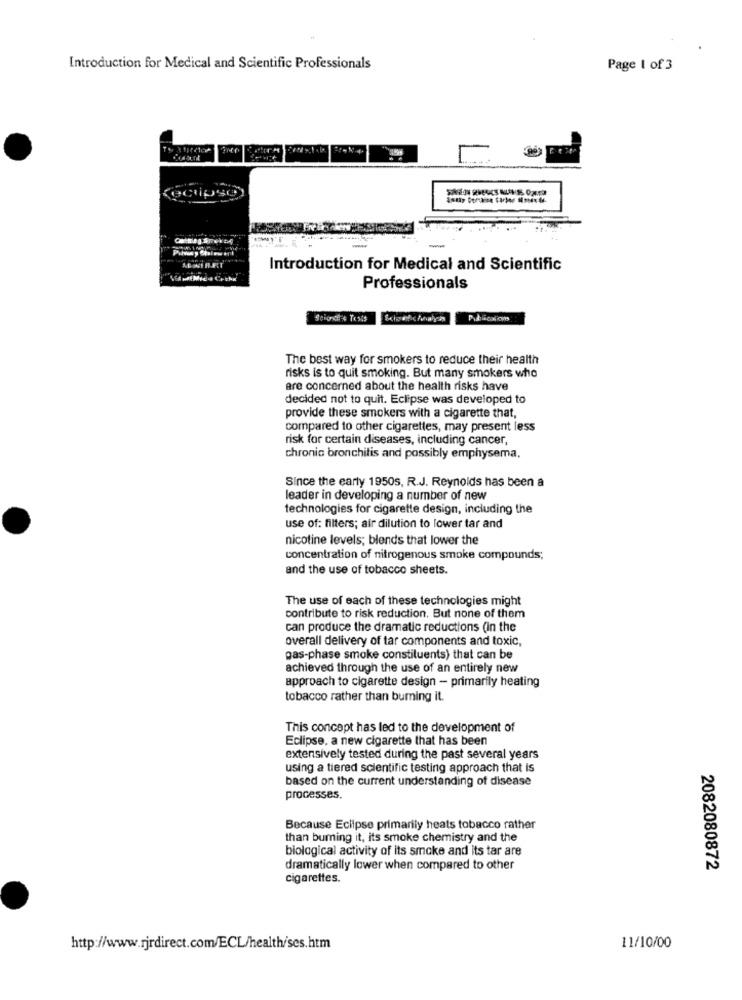
Introduction for Medical and Scientific Professionals
Page 1 of 3
Introduction for Medical and Scientific
Professionals
Seiorth + Tests
The best way for smokers to reduce their health
risks is to quit smoking. But many smokers who
are concerned about the health risks have
decided not to quit. Eclipse was developed to
provide these smokers with a cigarette that,
compared to other cigarettes, may present less
risk for certain diseases, including cancer,
chronic bronchitis and possibly emphysema.
Since the early 1950s. R.J. Reynolds has been a
leader in developing a number of new
technologies for cigarette design, including the
use of: filters; air dilution to lower tar and
nicotine levels; blends that lower the
concentration of nitrogenous smoke compounds;
and the use of tobacco sheets.
The use of each of these technologies might
contribute to risk reduction. But none of them
can produce the dramatic reductions (in the
overall delivery of tar components and toxic,
gas-phase smoke constituents) that can be
achieved through the use of an entirely new
approach to cigarette design - primarily heating
tobacco rather than burning it.
This concept has led to the development of
Eclipse. a new cigarette that has been
extensively tested during the past several years
using a tiered scientific testing approach that is
based on the current understanding of disease
processes.
Because Eclipse primarily heats tobacco rather
than burning it, its smoke chemistry and the
biological activity of its smoke and its tar are
dramatically lower when compared to other
2082080872
cigarettes.
http://www.rjrdirect.com/ECL/health/ses.htm
11/10/00